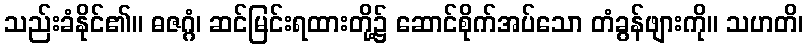
သည်းခံနိုင်၏။ ဓဇဂ္ဂံ၊ ဆင်မြင်းရထားတို့၌ ဆောင်စိုက်အပ်သော တံခွန်ဖျားကို။ သဟတိ၊